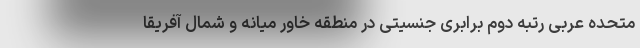
متحده عربی رتبه دوم برابری جنسیتی در منطقه خاور میانه و شمال آفریقا